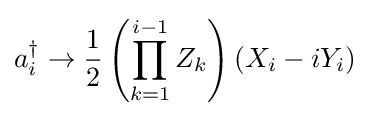
a_{i}^{\dagger }\rightarrow {\frac {1}{2}}\left(\prod _{k=1}^{i-1}Z_{k}\right)(X_{i}-iY_{i})